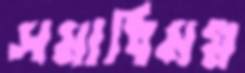
সমাধিমগ্ন